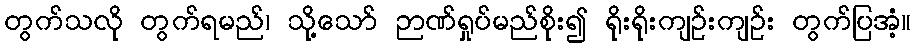
တွက်သလို တွက်ရမည်၊ သို့သော် ဉာဏ်ရှုပ်မည်စိုး၍ ရိုးရိုးကျဉ်းကျဉ်း တွက်ပြအံ့။